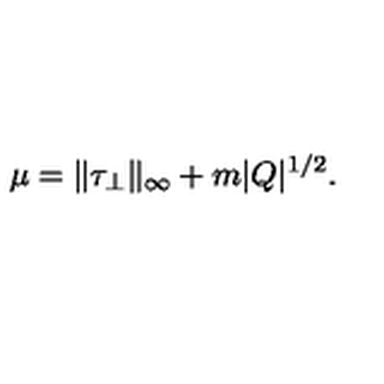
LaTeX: \mu = \| \tau _ { \perp } \| _ { \infty } + m | Q | ^ { 1 / 2 } .